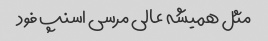
مثل همیشه عالی مرسی اسنپ فود